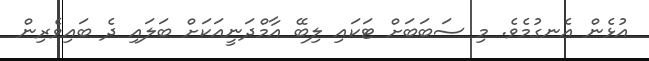
އުޅެން އެނގުމެވެ. މި ސަބަބަށް ޓަކައި ލިބޭ އާމްދަނީއަކަށް ބަލައި ދެ ބައިވެރިން